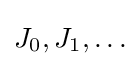
J_{0},J_{1},\ldots